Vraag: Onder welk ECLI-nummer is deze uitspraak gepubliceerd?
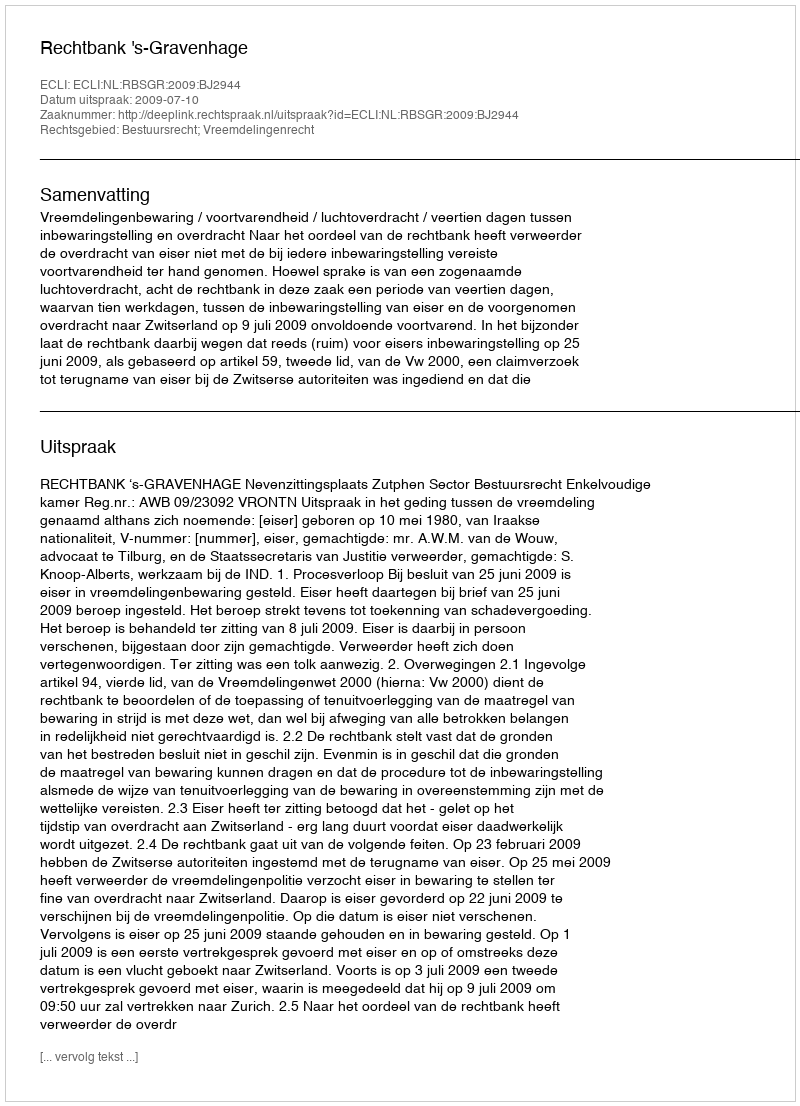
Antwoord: ECLI:NL:RBSGR:2009:BJ2944